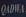
qadwa